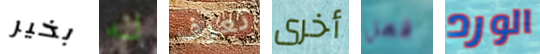
بخير له تعرف أخرى فعل الورد